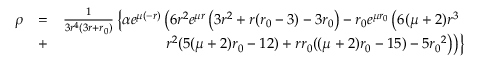
\begin{array} { r l r } { \rho } & { = } & { \frac { 1 } { 3 r ^ { 4 } ( 3 r + { r _ { 0 } } ) } \left\lbrace \alpha e ^ { \mu ( - r ) } \left( 6 r ^ { 2 } e ^ { \mu r } \left( 3 r ^ { 2 } + r ( { r _ { 0 } } - 3 ) - 3 { r _ { 0 } } \right) - { r _ { 0 } } e ^ { \mu { r _ { 0 } } } \left( 6 ( \mu + 2 ) r ^ { 3 } \right. \right. \right. } \\ & { + } & { \left. \left. \left. r ^ { 2 } ( 5 ( \mu + 2 ) { r _ { 0 } } - 1 2 ) + r { r _ { 0 } } ( ( \mu + 2 ) { r _ { 0 } } - 1 5 ) - 5 { r _ { 0 } } ^ { 2 } \right) \right) \right\rbrace } \end{array}